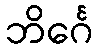
ဘိင်္ဂေ